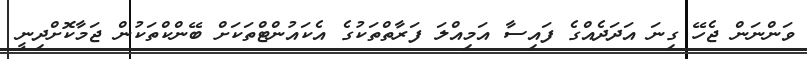
ވަންނަން ޖެހޭ ގިނަ އަދަދެއްގެ ފައިސާ އަމިއްލަ ފަރާތްތަކުގެ އެކައުންޓްތަކަށް ބޭންކްތަކުން ޖަމާކޮށްދިނީ